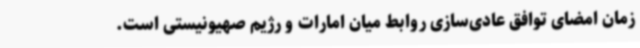
زمان امضای توافق عادی‌سازی روابط میان امارات و رژیم صهیونیستی است.